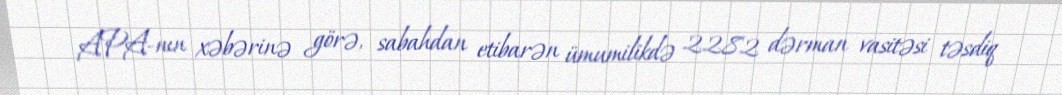
APA-nın xəbərinə görə, sabahdan etibarən ümumilikdə 2282 dərman vasitəsi təsdiq